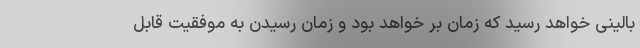
بالینی خواهد رسید که زمان بر خواهد بود و زمان رسیدن به موفقیت قابل